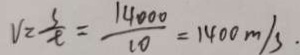
V = \frac { S } { t } = \frac { 1 4 0 0 0 } { 1 0 } = 1 4 0 0 m / s .